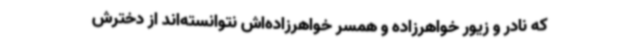
که نادر و زیور خواهرزاده و همسر خواهرزاده‌اش نتوانسته‌اند از دخترش